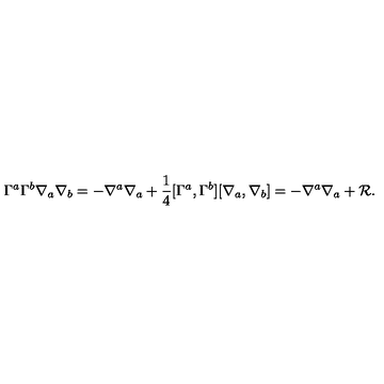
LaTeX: \Gamma ^ { a } \Gamma ^ { b } \nabla _ { a } \nabla _ { b } = - \nabla ^ { a } \nabla _ { a } + \frac { 1 } { 4 } [ \Gamma ^ { a } , \Gamma ^ { b } ] [ \nabla _ { a } , \nabla _ { b } ] = - \nabla ^ { a } \nabla _ { a } + { \cal R } .